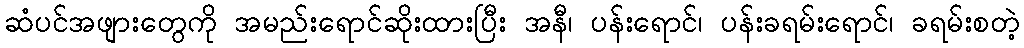
ဆံပင်အဖျားတွေကို အမည်းရောင်ဆိုးထားပြီး အနီ၊ ပန်းရောင်၊ ပန်းခရမ်းရောင်၊ ခရမ်းစတဲ့